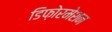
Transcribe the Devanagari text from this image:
डिफ़ोरमेशन